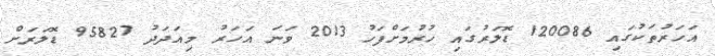
އަހަރުތަކުގައި 120086 ޑޮލަރުގައި ހުރުމަށްފަހު 2013 ވަނަ އަހަރު މިއަދަދު 95827 ޑޮލަރަށް